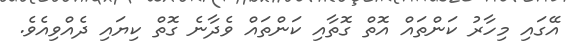
އޭގައި މިހާރު ކަންތައް އޮތް ގޮތާއި ކަންތައް ވެދާނެ ގޮތް ކިޔައި ދެއްވިއެވެ.